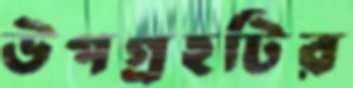
উপগ্রহটির